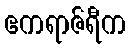
ဧကရာဇ်ရီက